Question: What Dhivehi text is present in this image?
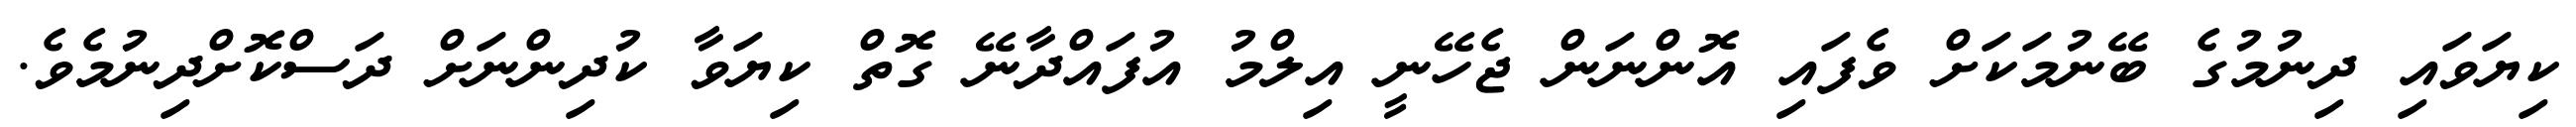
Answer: ކިޔަވައި ދިނުމުގެ ބޭނުމަކަށް ވެފައި އޮންނަން ޖެހޭނީ އިލްމު އުފައްދާނޭ ގޮތް ކިޔަވާ ކުދިންނަށް ދަސްކޮށްދިނުމެވެ.